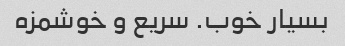
بسیار خوب. سریع و خوشمزه